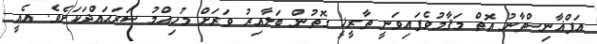
އަފްޣާނިސްތާނު އޮތް މަޤާމުވެފައިވަނީ ތާރީޚީ ގޮތުން ބަލާއިރު ވަރަށް މުހިއްމު ސަރަޙައްދަކަށެވެ. އެއީ